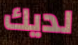
لديك